Medical and sanitary report of the native army of Bengal for the year
Year: 1876
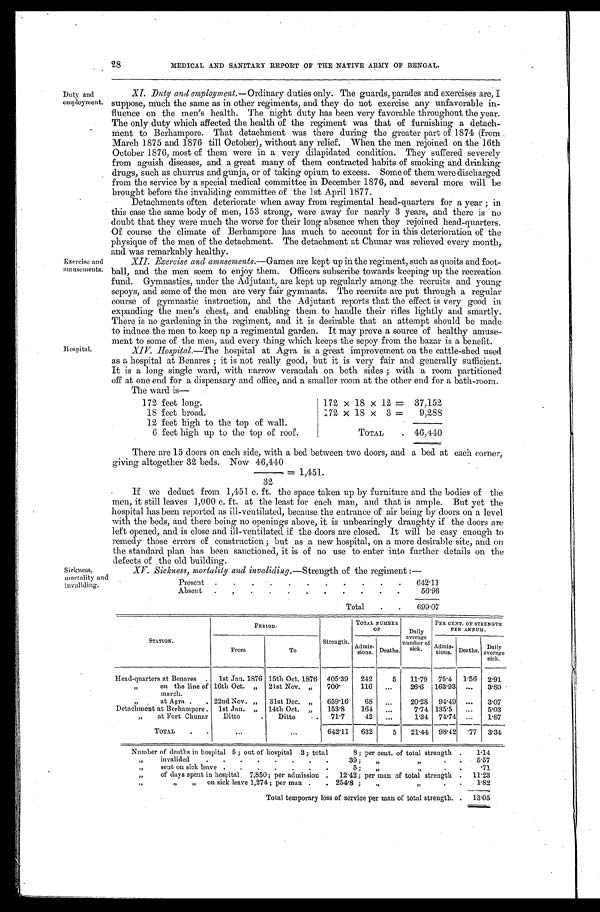
xv. Sickness, mortality and invaliding.— Strength of the regiment :—
Present
.
.
,
.
.
.
.
.
.
.
642.11
Absent
.
. . . . . . . . . .
56.96
Total
.
.
699.07
Sickness,
mortality and
invaliding.
28
MEDICAL AND SANITARY REPORT OF THE NATIVE ARMY OF BENGAL.
Duty and
employment.
Exercise and
amusements.
Hospital.
•
XI. Duty and employment.— Ordinary duties only. The guards, parades and exercises are, I
suppose, much the same as in other regiments, and they do not exercise any unfavorable in-
fluence on the men's health. The night duty has been very favorable throughout . the year.
The only duty which affected the health of the regiment was that of furnishing a detach-
ment to Berhampore. That detachment was there during the greater part of 1874 (from
March 1875 and 1876 till October), without any relief. When the men rejoined on the 16th
October 1876, most of them were in a very dilapidated condition. They suffered severely
from aguish diseases, and a great many of them contracted habits of smoking and drinking
drugs, such as churrus and gunja, or of taking opium to excess. Some of them were discharged
from the service by a special medical committee in December 1876, and several more will be
brought before the invaliding committee of the 1st April 1877.
Detachments often deteriorate when away from regimental head-quarters for a year ;
this case the same body of men, 153 strong, were away for nearly 3 years, and there is no
doubt that they were much the worse for their long absence when they rejoined head-quarters.
Of course the climate of Berhampore has much to account for in this deterioration of the
physique of the men of the detachment. The detachment at Chunar was relieved every month,
and was remarkably healthy.
XII. Exercise and amusements.— Games are kept up in the regiment, such as quoits and foot-
ball, and the men seem to enjoy them. Officers subscribe towards keeping up the recreation
fund. Gymnastics, under the Adjutant, are kept up regularly among the recruits and young
sepoys, and some of the men are very fair gymnasts. The recruits are put through a regular
course of gymnastic instruction, and the Adjutant reports that the effect is very good in
expanding the men's chest, and enabling them to handle their rifles lightly and smartly.
There is no gardening in the regiment, and it is desirable that an attempt should be made
to induce the men to keep up a regimental garden. It may prove a source of healthy amuse-
ment to some of the men, and every thing which keeps the sepoy from the bazar is a benefit.
Hospital.—The hospital at Agra is a great improvement on the cattle-shed used
as a hospital at Benares ; it is not really good, but it is very fair and generally sufficient.
It is a long single ward, with narrow verandah on both sides ; with a room partitioned
off at one end for a dispensary and office, and a smaller room at the other end for a bath-room.
The ward is—
172 feet long.
172 x 18 x 12
=37,152
18 feet broad.
172 x 18 x 3 =
9,288
12 feet high to the top of wall.
6 feet high up to the top of roof.
TOTAL
46,440
There are 15 doors on each side, with a bed between two doors, and a bed at each corner,
giving altogether 32 beds. Now 46,440
= 1,451.
32
If we deduct from 1,451 c. ft. the space taken up by furniture and the bodies of the
men, it still leaves 1,000 c. ft. at the least for each man, and that is ample. But yet the
hospital has been reported as ill-ventilated, because the entrance of air being by doors on a level
with the beds, and there being no openings above, it is unbearingly draughty if the doors are
left opened, and is close and ill-ventilated if the doors are closed. It will be easy enough to
remedy those errors of construction ; but as a new hospital, on a more desirable site, and on
the standard plan has been sanctioned, it is of no use to enter into further details on the
defects of the old building.
STATION.
PERIOD.
Strength.
TOTAL NUMBER
Or
Daily
average
number of
sick.
PER CENT. OF STRENGTH
PER ANNUM.
From
—
To
Admis-
sions. Deaths.
Admis-
s i o n s .
Deaths.
Daily
a v e r a g e
sick.
Head-quarters at Benares
.
1st Jan. 1876 15th Oct. 1876
405.39
242
5
11.79
75.4
1.56
2.91
,,
on the line of
march.
16th Oct. „
21st Nov. „
700.
116
...
26.6
163.93
...
3.80
at Agra
22nd Nov. „
31st Dec. „
659.16
68
...
20.28
9 4 . 4 9 ...
3.07
Detachment at Berhampore .
1st Jan. „
14th Oct. „
153.8
164
. . .
7.74 135.5
...
5.03
„
at Fort Chunar
Ditto
.
Ditto
‘ .
71.7
42
. . .
1.34
7 4 . 7 4 ...
1.87
TOTAL
.
.
...
...
642.11
632
5
21.44
98.42
.77
3.34
Number of deaths in hospital 5 ; out of hospital 3 ; total
8 ; per cent. of total strength .
1.14
„
invalided
.
.
.
.
.
.
.
.
39;
,,
, ,
.
5.57
„
sent on sick leave .
.
.
.
.
.
.
5 ;
,,
,,
.71
”
of days spent in hospital
7,850; per admission .
12.42; per man of total strength .
11.23
”
,,
,,
on sick leave 1,274 ; per man .
. 254.8 ;
,,
”
.
• 1.82
Total temporary loss of service per man of total strength. .
13.05